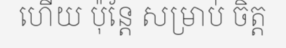
ហើយ ប៉ុន្តែ សម្រាប់ ចិត្ត